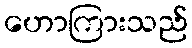
ဟောကြားသည်